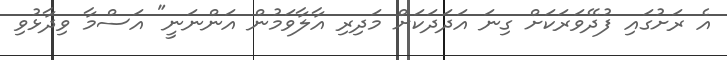
އެ ރަށުގައި ފުދޭވަރަކަށް ގިނަ އަދަދަކަށް މަދިރި އާލާވަމުން އަންނަނީ" އަސްމާ ވިދާޅުވި